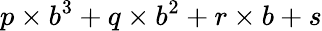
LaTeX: p\times b^{3}+q\times b^{2}+r\times b+s